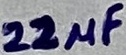
Text: 22µF